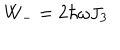
W _ { - } = 2 \hbar \omega J _ { 3 }